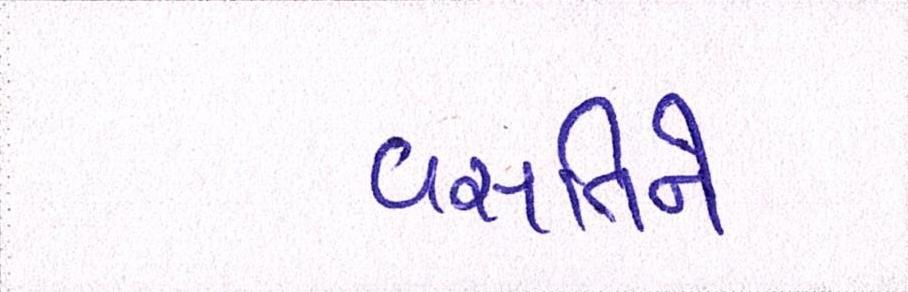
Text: વસતિને